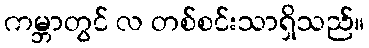
ကမ္ဘာတွင် လ တစ်စင်းသာရှိသည်။